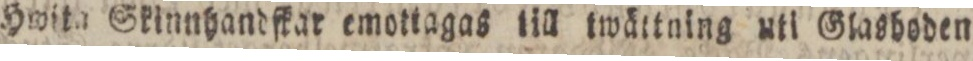
Hwita Skinnhandfkar emotiagas till twättning uti Glasboden